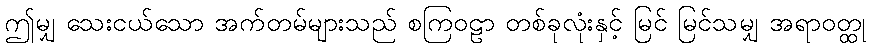
ဤမျှ သေးငယ်သော အက်တမ်များသည် စကြဝဠာ တစ်ခုလုံးနှင့် မြင် မြင်သမျှ အရာဝတ္ထု